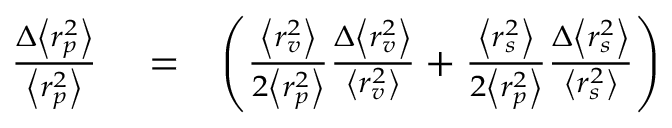
\begin{array} { r l r } { \frac { \Delta \left< r _ { p } ^ { 2 } \right> } { \left< r _ { p } ^ { 2 } \right> } } & { { } = } & { \left( \frac { \left< r _ { v } ^ { 2 } \right> } { 2 \left< r _ { p } ^ { 2 } \right> } \frac { \Delta \left< r _ { v } ^ { 2 } \right> } { \left< r _ { v } ^ { 2 } \right> } + \frac { \left< r _ { s } ^ { 2 } \right> } { 2 \left< r _ { p } ^ { 2 } \right> } \frac { \Delta \left< r _ { s } ^ { 2 } \right> } { \left< r _ { s } ^ { 2 } \right> } \right) } \end{array}